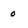
Character: 0